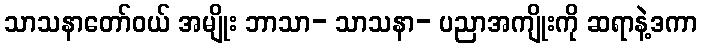
သာသနာတော်ဝယ် အမျိုး ဘာသာ- သာသနာ- ပညာအကျိုးကို ဆရာနဲ့ဒကာ